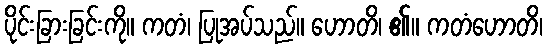
ပိုင်းခြားခြင်းကို။ ကတံ၊ ပြုအပ်သည်။ ဟောတိ၊ ၏။ ကတံဟောတိ၊